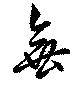
無